Plague in India, 1896, 1897 - Volume 3
Year: 1896
Disease focus: Plague
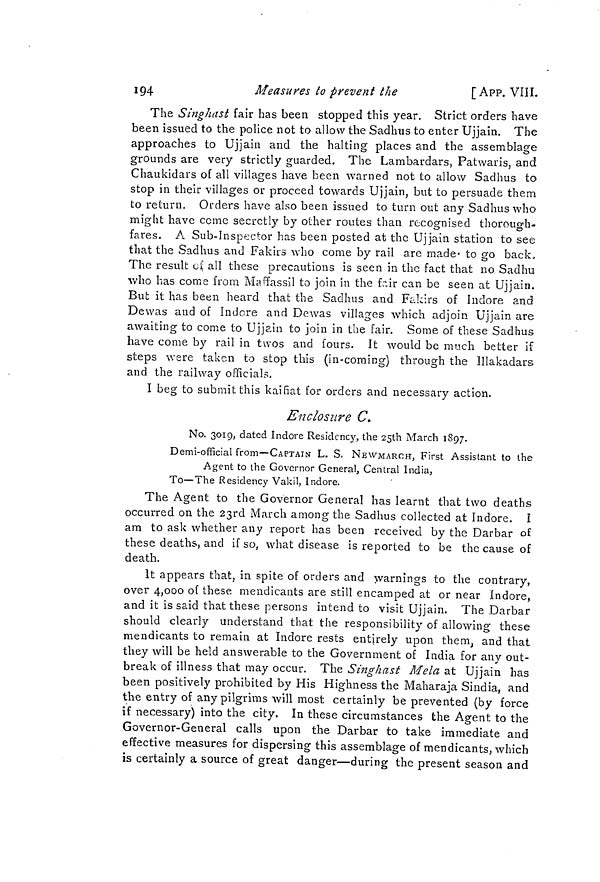
194
Measures to prevent the
[ APP. VIII.
The Singhast fair has been stopped this year. Strict orders have
been issued to the police not to allow the Sadhus to enter Ujjain. The
approaches to Ujjain and the halting places and the assemblage
grounds are very strictly guarded. The Lambardars, Patwaris, and
Chaukidars of all villages have been warned not to allow Sadhus to
stop in their villages or proceed towards Ujjain, but to persuade them
to return. Orders have also been issued to turn out any Sadhus who
might have come secretly by other routes than recognised thorough-
fares. A Sub-Inspector has been posted at the Ujjain station to see
that the Sadhus and Fakirs who come by rail are made to go back,
The result oí all these precautions is seen in the fact that no Sadhu
who has come from Maffassil to join in the fair can be seen at Ujjain.
But it has been heard that the Sadhus and Fakirs of Indore and
Dewas and of Indore and Dewas villages which adjoin Ujjain are
awaiting to come to Ujjain to join in the fair. Some of these Sadhus
have come by rail in twos and fours. It would be much better if
steps were taken to stop this (in-coming) through the lllakadars
and the railway officials.
I beg to submit this kaiñat for orders and necessary action.
Enclosure C.
No. 3019,, dated Indore Residency, the 25th March 1897.
Demi-official from—CAPTAIN L. S. NEWMARcH, First Assistant to the
Agent to the Governor General, Central India,
To—The Residency Vakil, Indore.
The Agent to the Governor General has learnt that two deaths
occurred on the 23rd March among the Sadhus collected at Indore. I
am to ask whether any report has been received by the Darbar of
these deaths, and if so, what disease is reported to be the cause of
death.
It appears that, in spite of orders and warnings to the contrary,
over 4,000 of these mendicants are still encamped at or near Indore,
and it is said that these persons intend to visit Ujjain. The Darbar
should clearly understand that the responsibility of allowing these
mendicants to remain at Indore rests entirely upon them and that
they will be held answerable to the Government of India for any out-
break of illness that may occur. The Singhast Mela at Ujjain has
been positively prohibited by His Highness the Maharaja Sindia, and
the entry of any pilgrims will most certainly be prevented (by force
if necessary) into the city. In these circumstances the Agent to the
Governor-General calls upon the Darbar to take immediate and
effective measures for dispersing this assemblage of mendicants, which
is certainly a source of great danger—during the present season and